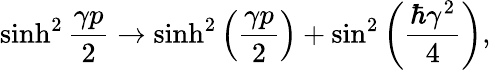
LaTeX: \sinh^{2}\frac{\gamma p}{2}\rightarrow\sinh^{2}\left(\frac{\gamma p}{2}\right)+\sin^{2}\left(\frac{\hbar\gamma^{2}}{4}\right),